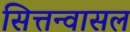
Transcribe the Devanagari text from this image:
सित्तन्वासल